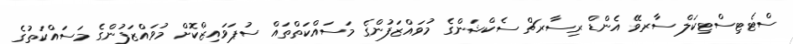
ސްޓެޓިސްޓިކަލް ސާރވޭ އެންޑް ރިސާރޗް ސެކްޝަންގެ މުވައްޒަފުންގެ މަސައްކަތްތައް ސުޕަވައިޒްކޮށް މުވައްޒަފުންގެ މަސައްކަތުގެ